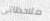
ملاحظاتي